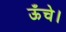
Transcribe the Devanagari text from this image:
ऊँचे।